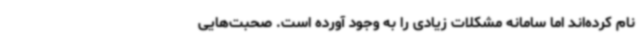
نام کرده‌اند اما سامانه مشکلات زیادی را به وجود آورده است. صحبت‌هایی